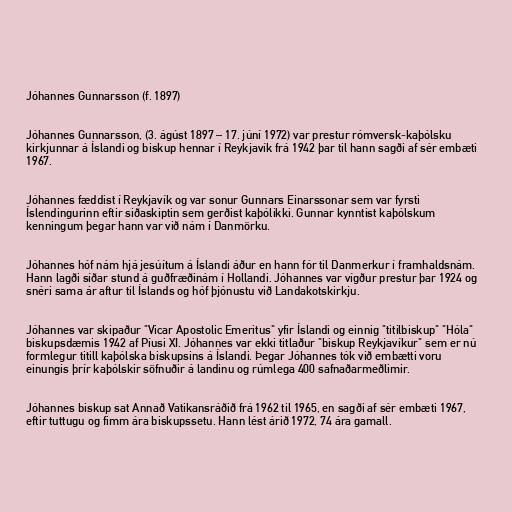
Jóhannes Gunnarsson (f. 1897)

Jóhannes Gunnarsson, (3. ágúst 1897 – 17. júní 1972) var prestur rómversk-kaþólsku
kirkjunnar á Íslandi og biskup hennar í Reykjavík frá 1942 þar til hann sagði af sér embæti
1967.

Jóhannes fæddist í Reykjavík og var sonur Gunnars Einarssonar sem var fyrsti
Íslendingurinn eftir siðaskiptin sem gerðist kaþólikki. Gunnar kynntist kaþólskum
kenningum þegar hann var við nám í Danmörku.

Jóhannes hóf nám hjá jesúítum á Íslandi áður en hann fór til Danmerkur í framhaldsnám.
Hann lagði síðar stund á guðfræðinám í Hollandi. Jóhannes var vígður prestur þar 1924 og
snéri sama ár aftur til Íslands og hóf þjónustu við Landakotskirkju.

Jóhannes var skipaður "Vicar Apostolic Emeritus" yfir Íslandi og einnig "titilbiskup" "Hóla"
biskupsdæmis 1942 af Píusi XI. Jóhannes var ekki titlaður "biskup Reykjavíkur" sem er nú
formlegur titill kaþólska biskupsins á Íslandi. Þegar Jóhannes tók við embætti voru
einungis þrír kaþólskir söfnuðir á landinu og rúmlega 400 safnaðarmeðlimir.

Jóhannes biskup sat Annað Vatikansráðið frá 1962 til 1965, en sagði af sér embæti 1967,
eftir tuttugu og fimm ára biskupssetu. Hann lést árið 1972, 74 ára gamall.